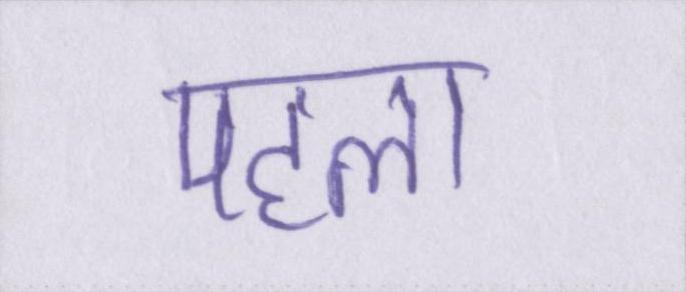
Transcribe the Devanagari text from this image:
पहला